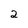
Character: 2